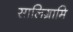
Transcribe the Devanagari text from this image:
सालिग्रामि